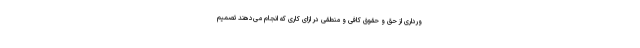
ورداری از حق و حقوق کافی و منطقی در ازای کاری که انجام می‌دهند تصمیم